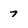
Character: 7